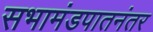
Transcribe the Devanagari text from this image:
सभामंडपातनंतर